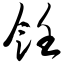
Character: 饪